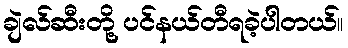
ချဲလ်ဆီးတို့ ပင်နယ်တီရခဲ့ပါတယ်။